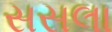
સસલા